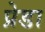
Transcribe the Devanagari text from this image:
प्रेडा